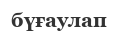
бүғаулап